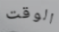
الوقت